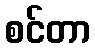
စင်တာ